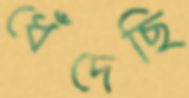
ধেঁদেছি